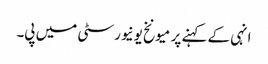
انہی کے کہنے پر میونخ یونیورسٹی میں پی۔